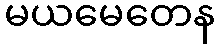
မယမေတေန